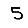
Digit: 5